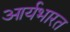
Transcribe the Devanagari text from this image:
आर्यभारत